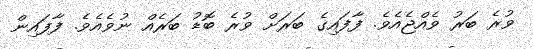
ވުރެ ބަރު ވެއްޖެއެވެ. ފާފައިގެ ބަރަށް ވުރެ ބޮޑު ބަރެއް ނުވެއެވެ. ފާފައިން